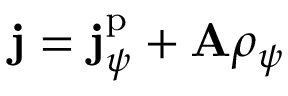
\mathbf { j } = \mathbf { j } _ { \psi } ^ { \mathrm { p } } + \mathbf { A } \rho _ { \psi }